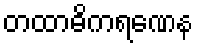
တထာဓိကရဏေန